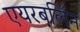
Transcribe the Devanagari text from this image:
एयरबर्लिन